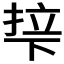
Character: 𬻡